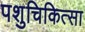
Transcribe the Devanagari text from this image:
पशुचिकित्‍सा